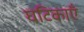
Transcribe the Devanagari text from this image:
घटिकाएँ